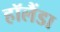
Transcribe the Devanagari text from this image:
हॉलैंडा